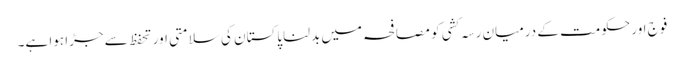
فوج اور حکومت کے درمیان رسہ کشی کو مصافحہ میں بدلنا پاکستان کی سلامتی اور تحفظ سے جڑا ہوا ہے۔